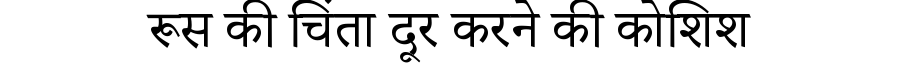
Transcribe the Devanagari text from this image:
रूस की चिंता दूर करने की कोशिश